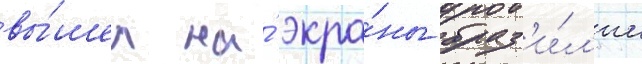
вы́шел на́ экра́ны браз'и́л'ии